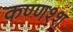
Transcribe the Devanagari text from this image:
कण्णश्श